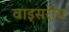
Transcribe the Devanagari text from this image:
वाइसरॊय